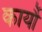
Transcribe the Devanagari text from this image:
कार्यौ